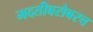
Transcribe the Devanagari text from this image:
मदतीबरोबरच